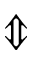
\Updownarrow